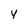
Character: y